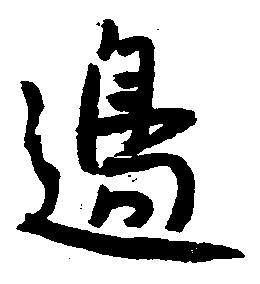
辺